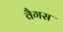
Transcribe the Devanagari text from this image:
वैगस